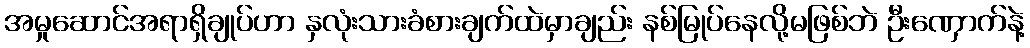
အမှုဆောင်အရာရှိချုပ်ဟာ နှလုံးသားခံစားချက်ထဲမှာချည်း နစ်မြုပ်နေလို့မဖြစ်ဘဲ ဦးဏှောက်နဲ့